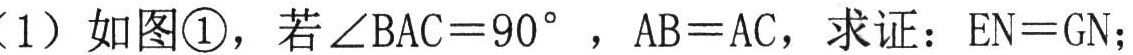
（1）如图\textcircled{1}，若\(\angle BAC = 90^{\circ}\)，\(AB = AC\)，求证：\(EN = GN\)；